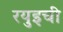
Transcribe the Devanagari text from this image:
रयुइची